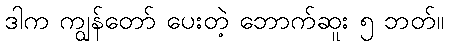
ဒါက ကျွန်တော် ပေးတဲ့ ဘောက်ဆူး ၅ ဘတ်။